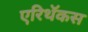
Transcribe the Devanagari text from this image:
एरिथॅकस